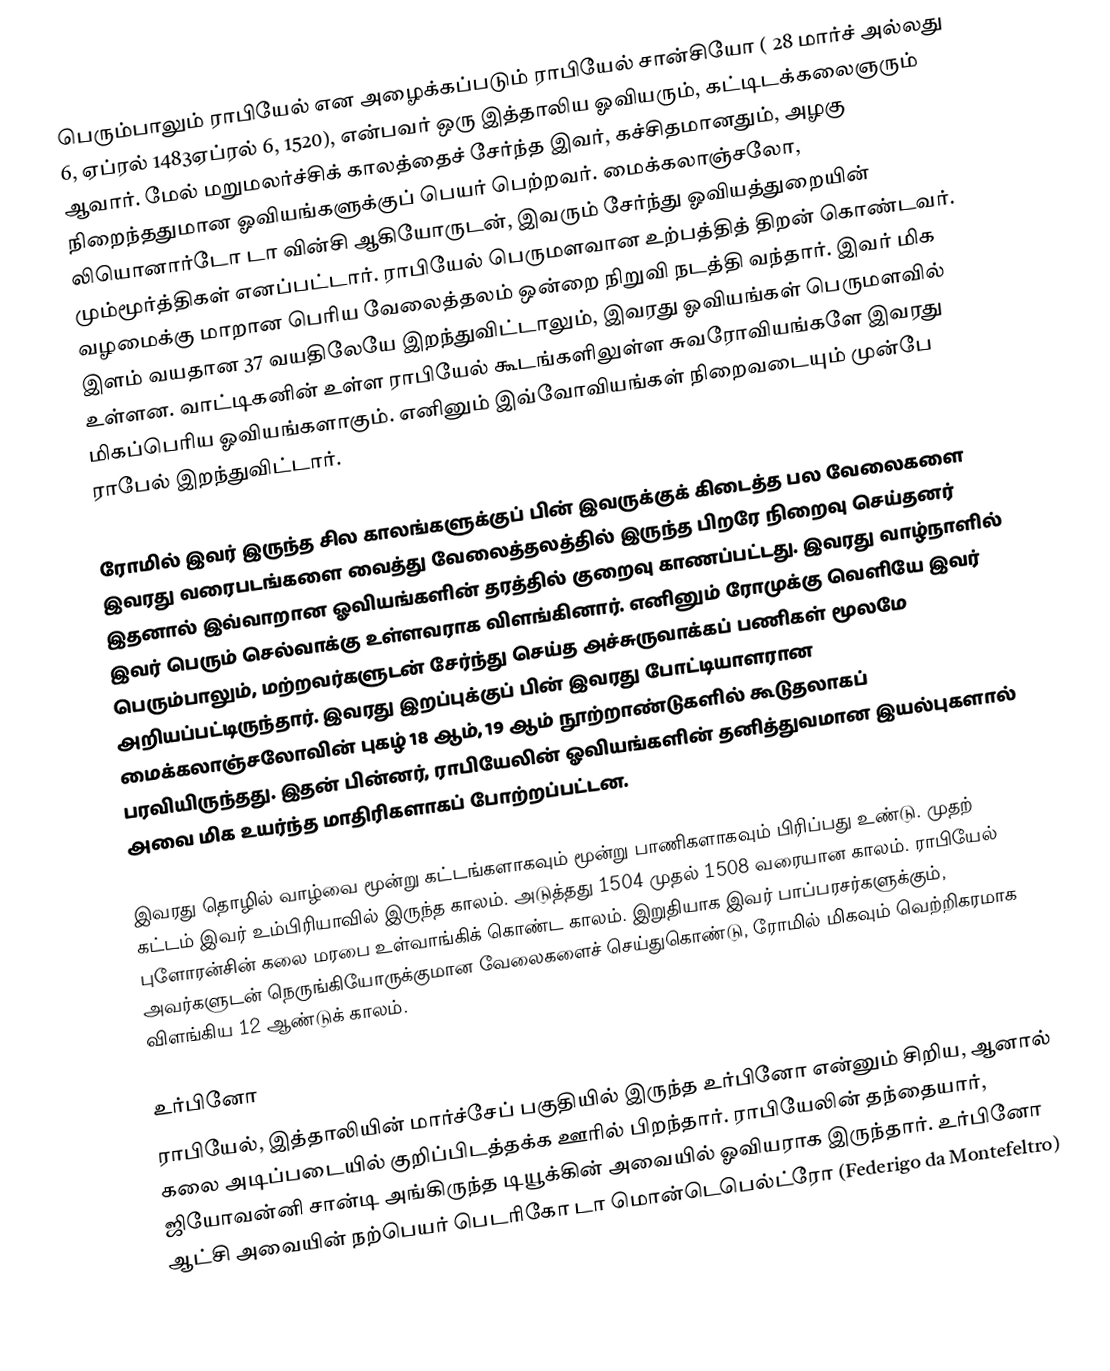
பெரும்பாலும் ராபியேல் என அழைக்கப்படும் ராபியேல் சான்சியோ ( 28 மார்ச் அல்லது 6, ஏப்ரல் 1483ஏப்ரல் 6, 1520), என்பவர்  ஒரு இத்தாலிய ஓவியரும், கட்டிடக்கலைஞரும் ஆவார். மேல் மறுமலர்ச்சிக் காலத்தைச் சேர்ந்த இவர், கச்சிதமானதும், அழகு நிறைந்ததுமான ஓவியங்களுக்குப் பெயர் பெற்றவர். மைக்கலாஞ்சலோ, லியொனார்டோ டா வின்சி ஆகியோருடன், இவரும் சேர்ந்து ஓவியத்துறையின் மும்மூர்த்திகள் எனப்பட்டார். ராபியேல் பெருமளவான உற்பத்தித் திறன் கொண்டவர். வழமைக்கு மாறான பெரிய வேலைத்தலம் ஒன்றை நிறுவி நடத்தி வந்தார். இவர் மிக இளம் வயதான 37 வயதிலேயே இறந்துவிட்டாலும், இவரது ஓவியங்கள் பெருமளவில் உள்ளன. வாட்டிகனின் உள்ள ராபியேல் கூடங்களிலுள்ள சுவரோவியங்களே இவரது மிகப்பெரிய ஓவியங்களாகும். எனினும் இவ்வோவியங்கள் நிறைவடையும் முன்பே ராபேல் இறந்துவிட்டார்.

ரோமில் இவர் இருந்த சில காலங்களுக்குப் பின் இவருக்குக் கிடைத்த பல வேலைகளை இவரது வரைபடங்களை வைத்து வேலைத்தலத்தில் இருந்த பிறரே நிறைவு செய்தனர் இதனால் இவ்வாறான ஓவியங்களின் தரத்தில் குறைவு காணப்பட்டது. இவரது வாழ்நாளில் இவர் பெரும் செல்வாக்கு உள்ளவராக விளங்கினார். எனினும் ரோமுக்கு வெளியே இவர் பெரும்பாலும், மற்றவர்களுடன் சேர்ந்து செய்த அச்சுருவாக்கப் பணிகள் மூலமே அறியப்பட்டிருந்தார். இவரது இறப்புக்குப் பின் இவரது போட்டியாளரான மைக்கலாஞ்சலோவின் புகழ் 18 ஆம், 19 ஆம் நூற்றாண்டுகளில் கூடுதலாகப் பரவியிருந்தது. இதன் பின்னர், ராபியேலின் ஓவியங்களின் தனித்துவமான இயல்புகளால் அவை மிக உயர்ந்த மாதிரிகளாகப் போற்றப்பட்டன.

இவரது தொழில் வாழ்வை மூன்று கட்டங்களாகவும் மூன்று பாணிகளாகவும் பிரிப்பது உண்டு. முதற் கட்டம் இவர் உம்பிரியாவில் இருந்த காலம். அடுத்தது 1504 முதல் 1508 வரையான காலம். ராபியேல் புளோரன்சின் கலை மரபை உள்வாங்கிக் கொண்ட காலம். இறுதியாக இவர் பாப்பரசர்களுக்கும், அவர்களுடன் நெருங்கியோருக்குமான வேலைகளைச் செய்துகொண்டு, ரோமில் மிகவும் வெற்றிகரமாக விளங்கிய 12 ஆண்டுக் காலம்.

உர்பினோ
ராபியேல், இத்தாலியின் மார்ச்சேப் பகுதியில் இருந்த உர்பினோ என்னும் சிறிய, ஆனால் கலை அடிப்படையில் குறிப்பிடத்தக்க ஊரில் பிறந்தார். ராபியேலின் தந்தையார், ஜியோவன்னி சான்டி அங்கிருந்த டியூக்கின் அவையில் ஓவியராக இருந்தார். உர்பினோ ஆட்சி அவையின் நற்பெயர் பெடரிகோ டா மொன்டெபெல்ட்ரோ (Federigo da Montefeltro)